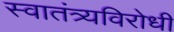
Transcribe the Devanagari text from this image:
स्वातंत्र्यविरोधी